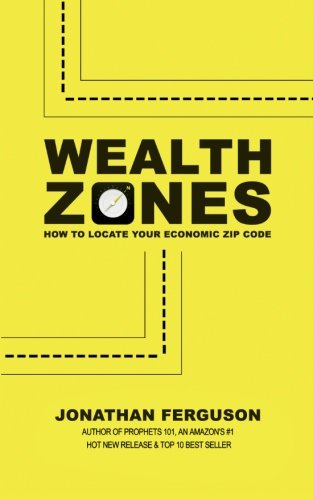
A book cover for Wealth Zones: How to Locate Your Economic Zip Code; Jonathan Ferguson; Christian Books & Bibles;